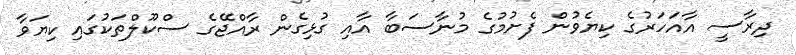
ދިރާސީ އާއަހަރުގެ ކިޔެވުން ފެށުމުގެ މުނާސަބާ އާއި ގުޅިގެން ރާއްޖޭގެ ސްކޫލްތަކުގައި ކިޔަވާ